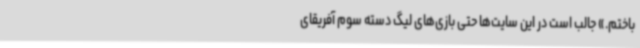
باختم.» جالب است در این سایت‌ها حتی بازی‌های لیگ دسته سوم آفریقای